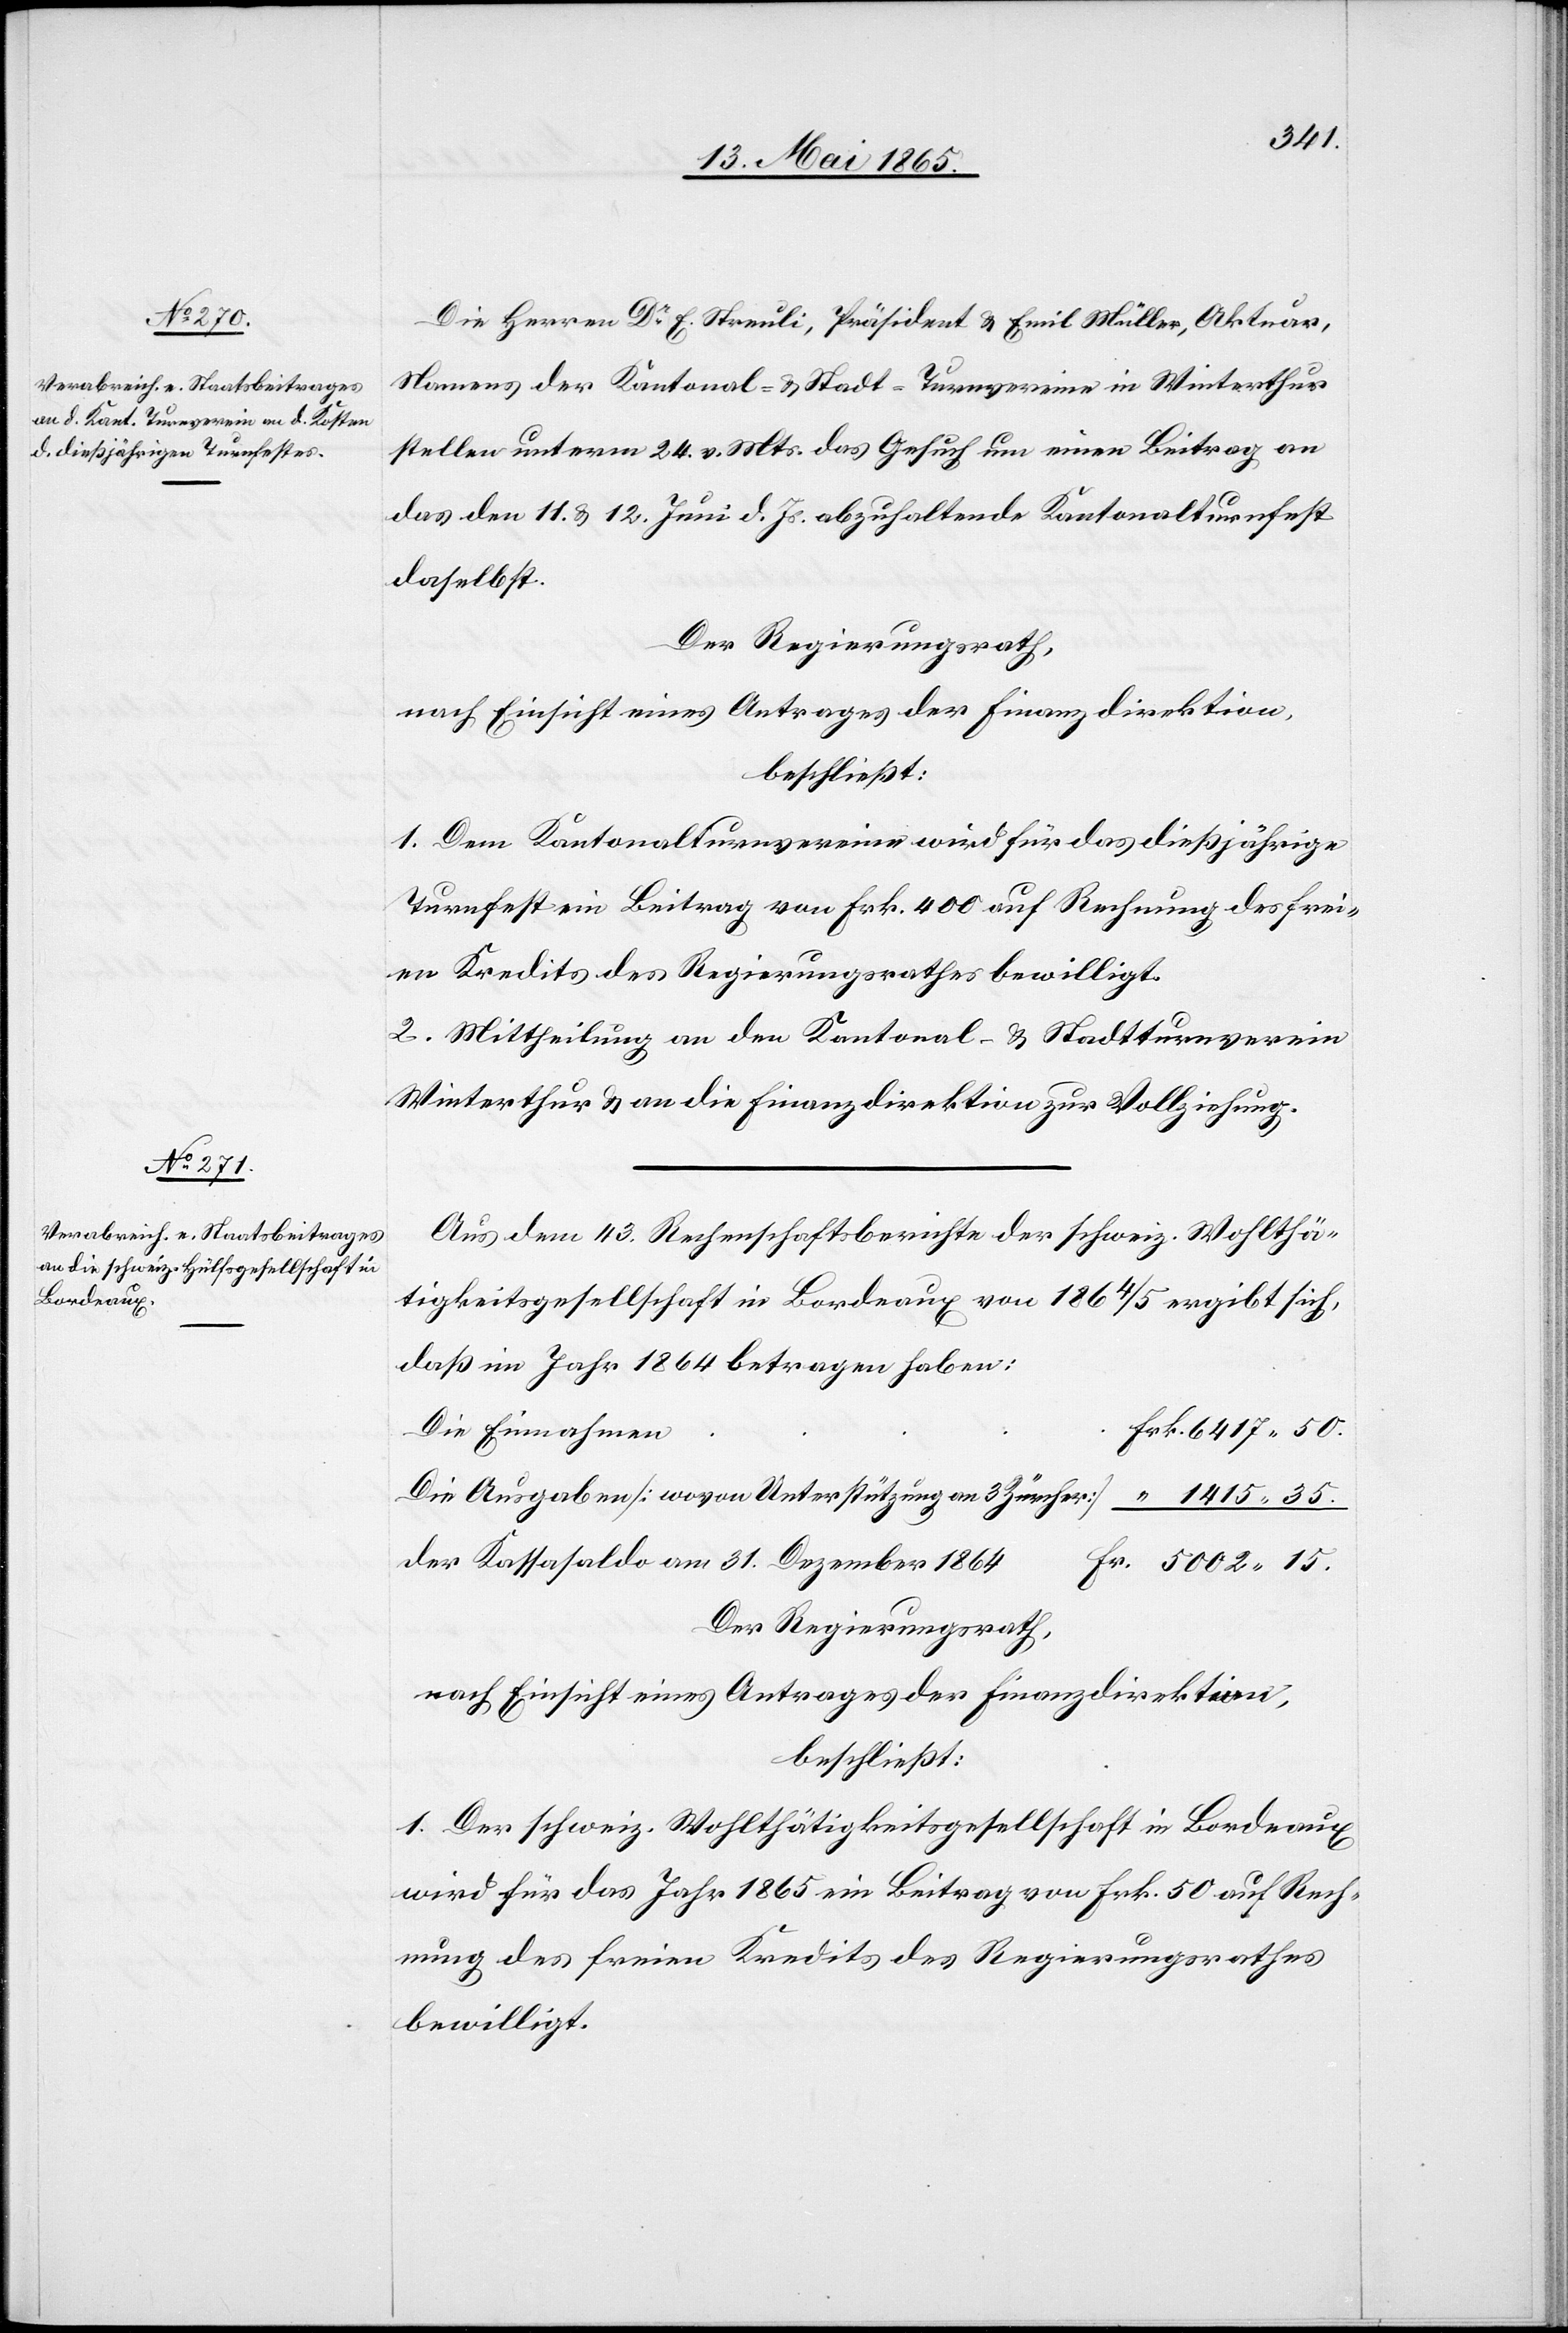
35.
Die Herren Dr E. Streuli, Präsident & Emil Müller, Aktuar,
Namens der Kantonal- & Stadt-Trunvereine in Winterthur
stellen unterm 24. v. Mts. das Gesuch um einen Beitrag an
das den 11. & 12. Juni d. Js. abzuhaltende Kantonalturnfest
daselbst.
Der Regierungsrath,
nach Einsicht eines Antrages der Finanzdirektion,
beschließt:
1. Dem Kantonalturnvereine wird für das dießjährige
Turnfest ein Beitrag von Frk. 400 auf Rechnung des frei¬
en Kredits des Regierungsrathes bewilligt.
2. Mittheilung an den Kantonal- & Stadtturnverein
Winterthur & an die Finanzdirektion zur Vollziehung.
Aus dem 43. Rechenschaftsberichte der schweiz. Wohlthä¬
tigkeitsgesellschaft in Bordeaux von 1864/5 ergibt sich,
daß im Jahr 1864 betragen haben:
Die Einnahmen
Die Ausgaben [wovon Unterstützung an 3 Zürcher]
der Kassasaldo am 31. Dezember 1864
Der Regierungsrath,
nach Einsicht eines Antrages der Finanzdirektion,
beschließt:
1. Der schweiz. Wohlthätigkeitsgesellschaft in Bordeaux
wird für das Jahr 1865 ein Beitrag von Frk. 50 auf Rech¬
nung des freien Kredits des Regierungsrathes
bewilligt.